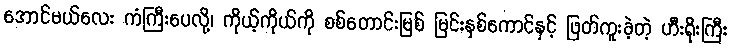
အောင်မယ်လေး ကံကြီးပေလို့၊ ကိုယ့်ကိုယ်ကို စစ်တောင်းမြစ် မြင်းနှစ်ကောင်နှင့် ဖြတ်ကူးခဲ့တဲ့ ဟီးရိုးကြီး